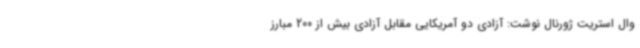
وال استریت ژورنال نوشت: آزادی دو آمریکایی مقابل آزادی بیش از 200 مبارز